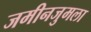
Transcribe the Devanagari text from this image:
जमीनजुमला